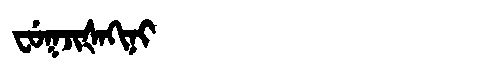
Manchu: ᠸᡠᡴᠵᡳᡧᠠᡴᡳᠨᡳ
Romanization: FUKJIŠAKINI